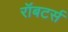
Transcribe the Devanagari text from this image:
रॉबटर्स